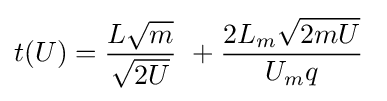
t(U)={\frac {L{\sqrt {m}}}{\sqrt {2U}}}\ +{\frac {2L_{m}{\sqrt {2mU}}}{U_{m}q}}\